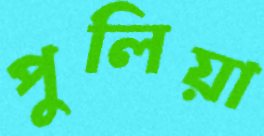
পুলিয়া